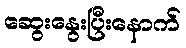
ဆွေးနွေးပြီးနောက်